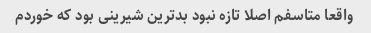
واقعا متاسفم اصلا تازه نبود بدترین شیرینی بود که خوردم